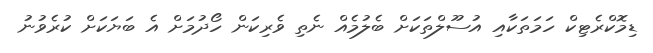
ޑިމޮކްރެޓިކް ހަމަތަކާއި އުސޫލްތަކަށް ބެލުމެއް ނެތި ވެރިކަން ހޯދުމަށް އެ ބަޔަކަށް ކުރެވުނު